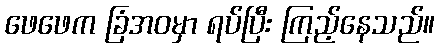
ဖေဖေက ခြံအဝမှာ ရပ်ပြီး ကြည့်နေသည်။